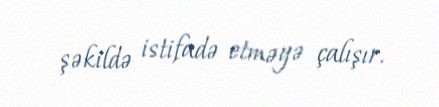
şəkildə istifadə etməyə çalışır.